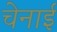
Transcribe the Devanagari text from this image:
चेनाई